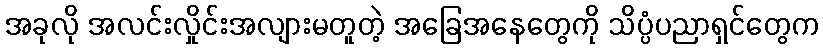
အခုလို အလင်းလှိုင်းအလျားမတူတဲ့ အခြေအနေတွေကို သိပ္ပံပညာရှင်တွေက